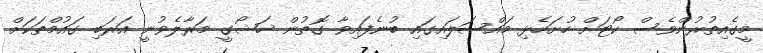
މީގެއިތުރުންވެސް ކޯޓަށް ހުށަހެޅި މައްސަލައިގައި ބުނެފައިވާ ގޮތުން ޚަޝޯގީ މަރާލެވުނީ އަރަބި ގައުމްތަކަށް